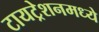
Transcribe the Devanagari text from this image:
टायट्रेशनमध्ये